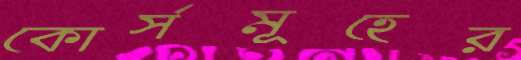
কোর্সমূহের